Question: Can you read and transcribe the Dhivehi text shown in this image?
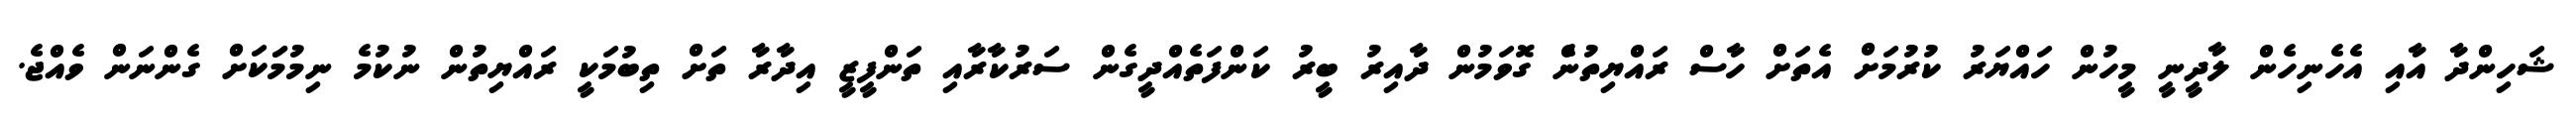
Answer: ޝަހިންދާ އާއި އެހެނިހެން ލާދީނީ މީހުން ހައްޔަރު ކުރުމަށް އެތަށް ހާސް ރައްޔިތުނެް ގޮވަމުން ދާއިރު ބީރު ކަންފަތެއްދީގެން ސަރުކާރާއި ތަންފީޒީ އިދާރާ ތަށް ތިބުމަކީ ރައްޔިތުން ނުކުމެ ނިމުމަަކަށް ގެންނަން ވެއްޖެ.